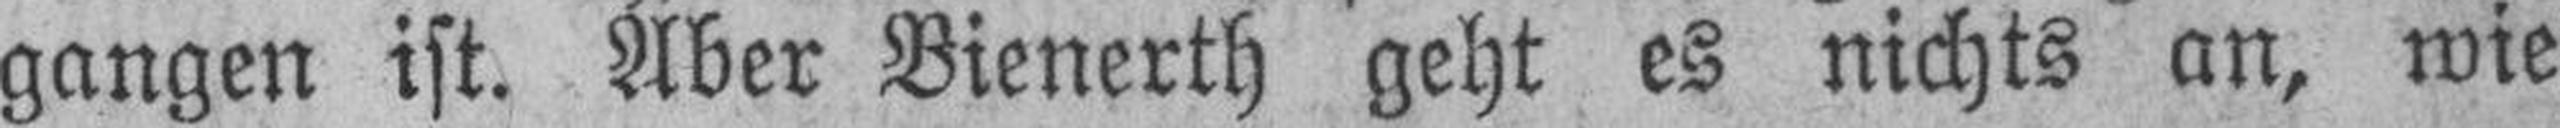
gangen ist. Aber Bienerth geht es nichts an, wie